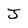
Character: J